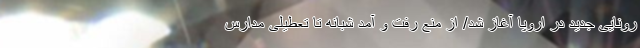
رونایی جدید در اروپا آغاز شد/ از منع رفت و آمد شبانه تا تعطیلی مدارس